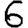
Digit: 6